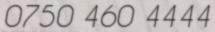
0750 460 4444